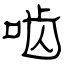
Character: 啮